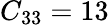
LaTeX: C_{33}=13